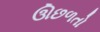
ઊછળતો